Annual report of lunatic asylums [Bombay] - 1912-1922
Year: 1912
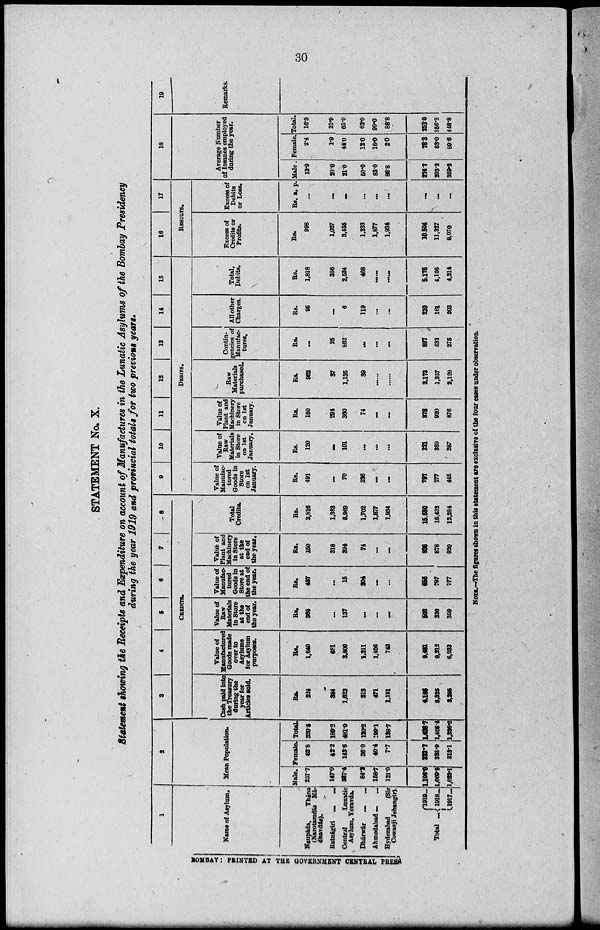
30
STATEMENT No. X.
Statement showing the Receipts and Expenditure on account of Manufactures in the Lunatic Asylums of the Bombay Presidency
during the year 1919 and provincial totals for two previous years.
1
Name of Asylum.
Naupáda,
Thána
(Narotamdás Má-
dhavdás).
Ratnágiri
...
...
Central
Lunatic
Asylum, Yeravda.
Dhárwár
...
...
Ahmedabad ... ...
Hyderabad
(Sir-
Cowasji Jehangir).
Total
1919 ...
1918...
1917...
2
Mean Population.
Male.
257.7
147.0
337.4
84.2
158.7
121.0
1,106.9
1,069.5
1,029.1
Female.
62.8
42.2
143.6
36.0
40.4
7.7
322.7
335.9
313.1
Total.
320.5
189.2
481.0
120.2
199.1
128.7
1,436.7
1,405.4
1,336.2
3
4
5
6
7
8
CREDITS.
Cash paid into
the Treasury
during the
year for
Articles sold.
Rs.
224
384
1,623
213
471
1,191
4,106
5,225
3,295
Value of
Manufactured
Goods made
over to
Asylums
for Asylum
purposes.
Rs.
1,640
681
3,800
1,211
1,406
743
9,461
8,212
6,933
Value of
Raw
Materials
in Store
at the
end of
the year.
Rs.
365
...
137
...
...
...
502
220
359
Value of
Manufac-
tured
Goods in
Store at
the end of
the year.
Rs.
437
...
15
204
...
...
656
797
777
Value of
Plant and
Machinery
in Store
at the
end of
the year.
Rs.
150
318
394
74
...
...
236
878
920
Total
Credits.
Rs.
2,816
1,383
5,969
1,702
1,877
1,934
15,680
15,432
12,284
9
10
11
12
13
14
15
DEBITS.
Value of
Manufac-
tured
Goods in
Store
on 1st
January.
Rs.
491
...
70
236
...
...
797
777
445
Value of
Raw
Materials
in Store
on 1st
January.
Rs.
120
...
101
...
...
...
221
359
287
Value of
Plant and
Machinery
in Store
on 1st
January.
Rs.
150
294
360
74
...
...
878
920
876
Raw
Materials
purchased.
Rs.
962
37
1,135
39
.....
......
2,173
1,357
2,128
Contin-
gencies of
Manufac-
tures.
Rs.
...
25
862
...
...
...
887
531
275
All other
Charges.
Rs.
95
...
6
119
...
...
220
161
203
Total,
Debits.
Rs.
1,818
356
2,584
468
......
......
5,176
4,105
4,214
16
17
RESULTS.
Excess of
Credits or
Profits.
Rs.
998
1,027
3,435
1,233
1,877
1,934
10, 504
11,327
8,070
Excess of
Debits
or Loss.
Rs. a. p.
...
...
....
...
...
...
...
...
...
18
Average Number
of Insanes employed
during the year.
Male.
13.9
20.0
21.0
50.0
83.0
86.8
274.7
293.2
359.2
Female.
2.4
1.9
44.0
12.0
16.0
2.0
78.3
63.0
89.6
Total.
16.3
21.9
65.0
62.0
99.0
88.8
353.0
356.2
448.8
19
Remarks.
BOMBAY: PRINTED AT THE GOVERNMENT CENTRAL PRESS
NOTE.––The figures shown in this statement are exclusive of the four cases under observation.